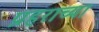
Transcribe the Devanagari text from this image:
प्रहराच्या